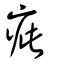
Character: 疵